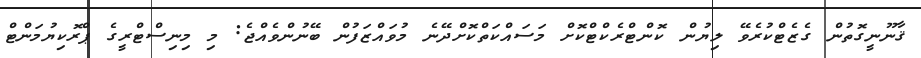
ޤާނޫނީގޮތުން ގެޒެޓްކުރެވޭ ލިޔުން ކޮންޓްރެކްޓްކޮށް މަސައްކަތްކޮށްދޭނެ މުވައްޒަފުން ބޭނުންވެއްޖެ: މި މިނިސްޓްރީގެ ޕްރޮކިޔުމަންޓް